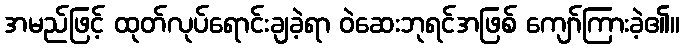
အမည်ဖြင့် ထုတ်လုပ်ရောင်းချခဲ့ရာ ဝဲဆေးဘုရင်အဖြစ် ကျော်ကြားခဲ့၏။